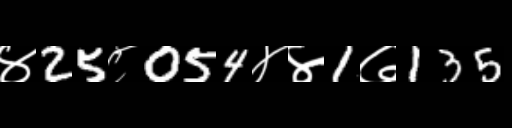
Text: ४25८054४४1७135